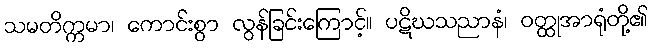
သမတိက္ကမာ၊ ကောင်းစွာ လွန်ခြင်းကြောင့်။ ပဋိဃသညာနံ၊ ဝတ္ထုအာရုံတို့၏